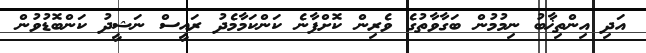
އަދި އިންތިޚާބު ނިމުމުން ބަގާވާތުގެ ވެރިން ކޮށްފާނެ ކަންކަމާމެދު ރައީސް ނަޝީދު ކަންބޮޑުވުން